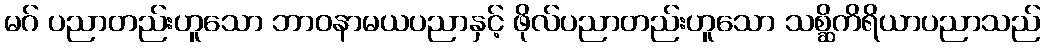
မဂ် ပညာတည်းဟူသော ဘာဝနာမယပညာနှင့် ဖိုလ်ပညာတည်းဟူသော သစ္ဆိကိရိယာပညာသည်